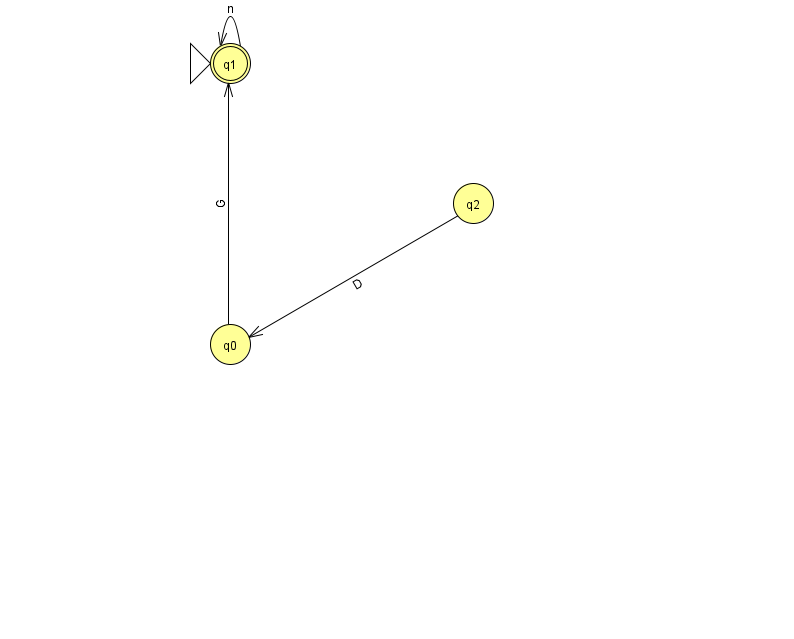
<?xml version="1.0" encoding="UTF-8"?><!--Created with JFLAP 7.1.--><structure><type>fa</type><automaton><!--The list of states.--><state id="0" name="q0"><x>230.0</x><y>331.0</y></state><state id="1" name="q1"><x>230.0</x><y>50.0</y><initial/><final/></state><state id="2" name="q2"><x>473.0</x><y>190.0</y></state><!--The list of transitions.--><transition><from>0</from><to>1</to><read>G</read></transition><transition><from>2</from><to>0</to><read>D</read></transition><transition><from>1</from><to>1</to><read>n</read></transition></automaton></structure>